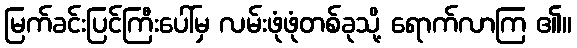
မြက်ခင်းပြင်ကြီးပေါ်မှ လမ်းဖုံဖုံတစ်ခုသို့ ရောက်လာကြ ၏။